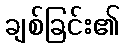
ချစ်ခြင်း၏